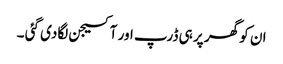
ان کو گھر پر ہی ڈرپ اور آکسیجن لگادی گئی ۔